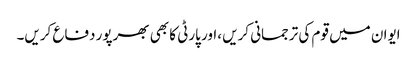
ایوان میں قوم کی ترجمانی کریں ،اور پارٹی کا بھی بھرپور دفاع کریں۔